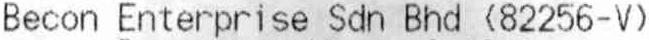
BECON ENTERPRISE SDN BHD (82256-V)